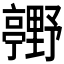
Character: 𮡢